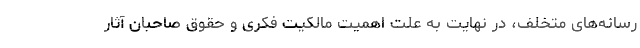
رسانه‌های متخلف، در نهایت به علت اهمیت مالکیت فکری و حقوق صاحبان آثار